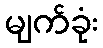
မျက်ခုံး